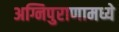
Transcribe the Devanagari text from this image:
अग्निपुराणामध्ये